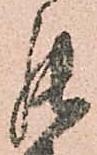
罷